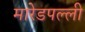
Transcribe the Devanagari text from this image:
मारेडपल्ली